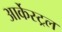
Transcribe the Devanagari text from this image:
आर्केस्ट्रल